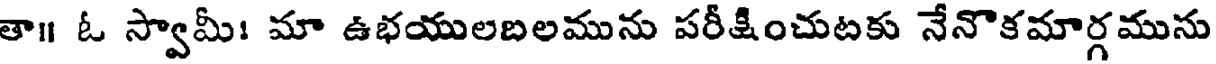
తా॥ ఓ స్వామీ! మా ఉభయులబలమును పరీక్షించుటకు నేనొకమార్గమును